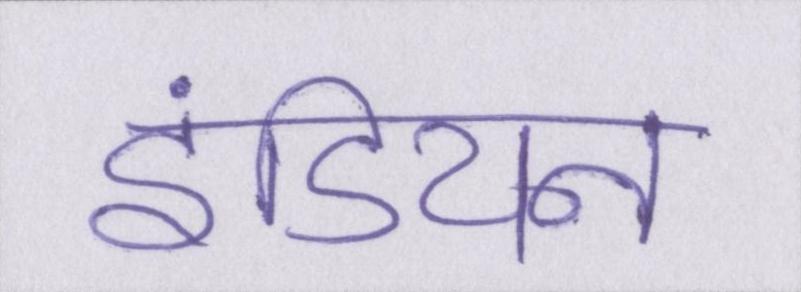
इंडियन